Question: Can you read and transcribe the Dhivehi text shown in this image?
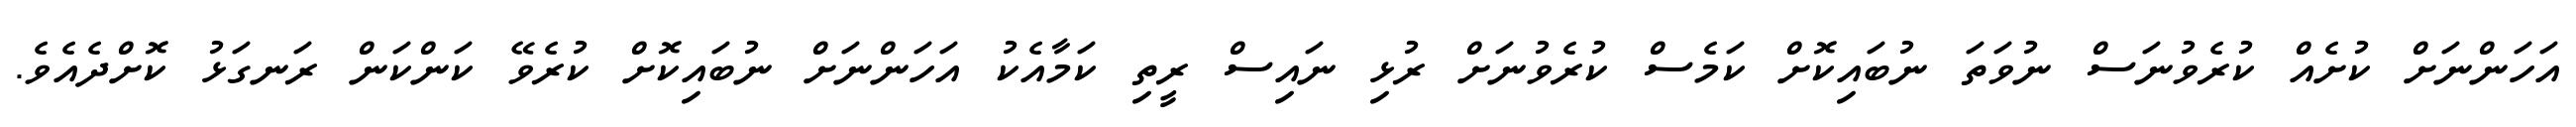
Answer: އަހަންނަށް ކުށެއް ކުރެވުނަސް ނުވަތަ ނުބައިކޮށް ކަމެސް ކުރެވުނަށް ރުޅި ނައިސް ރީތި ކަމާއެކު އަހަންނަށް ނުބައިކޮށް ކުރެވޭ ކަންކަން ރަނގަޅު ކޮށްދެއެވެ.